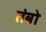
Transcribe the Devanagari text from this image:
तंबो